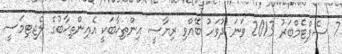
7 ސެޕްޓެމްބަރު 2013 ވަނަ ދުވަހު ބޭއްވި ރިޔާސީ އިންތިޚާބަކީ އެއިންތިޚާބުގެ ލެޖިޓިމަސީ